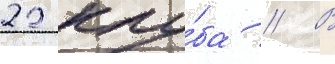
22 клу́ба // В